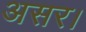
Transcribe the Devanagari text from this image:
असर।